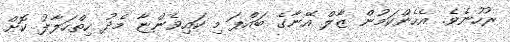
ރުހުނެވެ. އެެހެންކަމުން ޒާލް އޭނާގެ ބައްޕަ މި ކައިވެންޏާ މެދު ހިތްހަލާލު ކޮށް